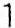
1